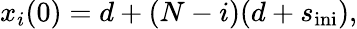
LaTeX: \begin{array}{r}{x_{i}(0)=d+(N-i)(d+s_{\mathrm{ini}}),}\end{array}